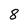
Character: 8